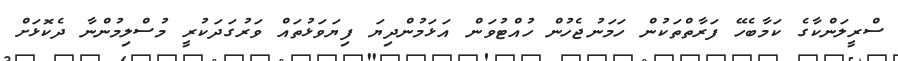
ސްރީލަންކާގެ ކަމާބެހޭ ފަރާތްތަކުން ހަމަނުޖެހުން ހުއްޓުވަން އަޅަމުންދިޔަ ފިޔަވަޅުތައް ވަރުގަދަކުރީ މުސްލިމުންނާ ދެކޮޅަށް